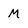
Character: M